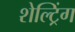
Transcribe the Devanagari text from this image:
शेल्ट्रिंग